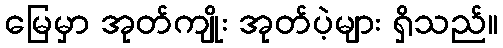
မြေမှာ အုတ်ကျိုး အုတ်ပဲ့များ ရှိသည်။